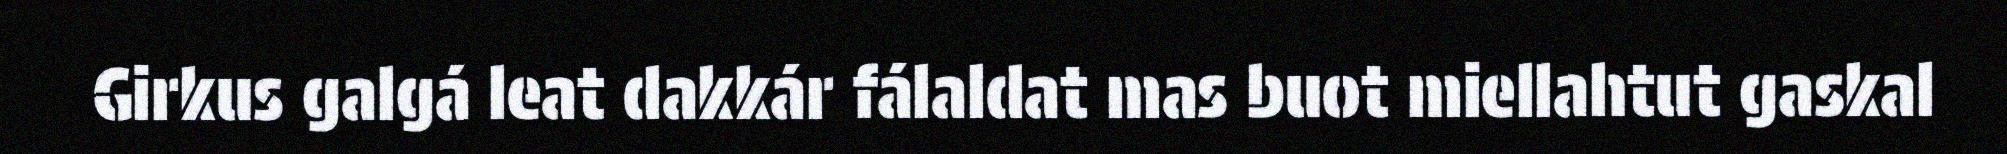
Girkus galgá leat dakkár fálaldat mas buot miellahtut gaskal